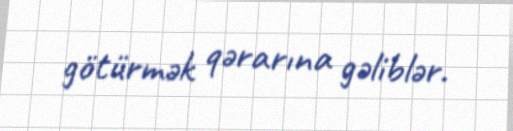
götürmək qərarına gəliblər.